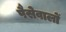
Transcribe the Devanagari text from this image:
पैसेवालों